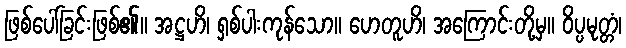
ဖြစ်ပေါ်ခြင်းဖြစ်၏။ အဋ္ဌဟိ၊ ရှစ်ပါးကုန်သော။ ဟေတူဟိ၊ အကြောင်းတို့မှ။ ဝိပ္ပမုတ္တံ၊